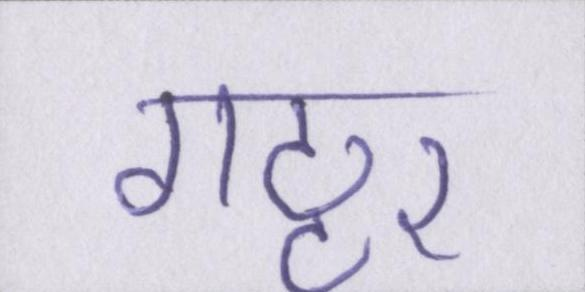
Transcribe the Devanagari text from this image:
गठ्ठर